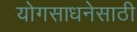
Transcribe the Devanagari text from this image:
योगसाधनेसाठी